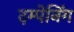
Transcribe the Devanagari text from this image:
दम्पेनिंग